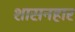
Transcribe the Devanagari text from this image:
शासनहार